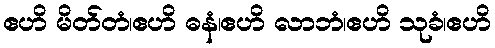
ဧဟိ မိတ်တံ၊ဧဟိ ဓနံ၊ဧဟိ လာဘံ၊ဧဟိ သုခံ၊ဧဟိ